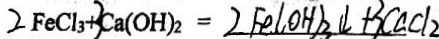
2 F e C l _ { 3 } + 3 C a ( O H ) _ { 2 } = 2 F e ( O H ) _ { 3 } \downarrow + 3 C a C l _ { 2 }